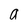
Character: a